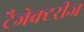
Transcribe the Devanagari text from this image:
ट्रैजेक्टरीज